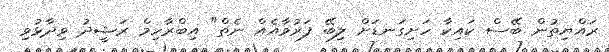
ރައްޔިތުން ބޭސް ކައިކާ ހަށިގަނޑަށް ލިބޭ ފަރުވާއެއް ނެތް" އިބްރާހިމް ރަޝީދު ވިދާޅުވި